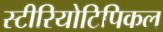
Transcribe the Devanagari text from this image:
स्टीरियोटिपिकल